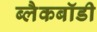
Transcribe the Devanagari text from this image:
ब्लैकबॉडी